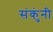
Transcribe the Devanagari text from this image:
संकुंनी